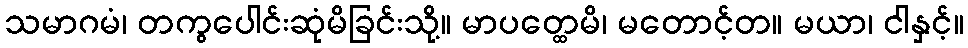
သမာဂမံ၊ တကွပေါင်းဆုံမိခြင်းသို့။ မာပတ္ထေမိ၊ မတောင့်တ။ မယာ၊ ငါနှင့်။